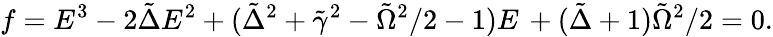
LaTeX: f=E^{3}-2\tilde{\Delta}E^{2}+(\tilde{\Delta}^{2}+\tilde{\gamma}^{2}-\tilde{\Omega}^{2}/2-1)E\, +(\tilde{\Delta}+1)\tilde{\Omega}^{2}/2=0.